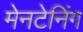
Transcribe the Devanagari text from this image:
मेनटेनिंग